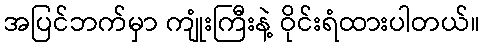
အပြင်ဘက်မှာ ကျုံးကြီးနဲ့ ဝိုင်းရံထားပါတယ်။